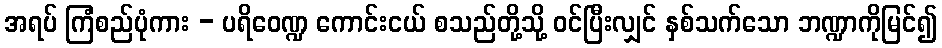
အရပ် ကြံစည်ပုံကား - ပရိဝေဏ္ဍ ကောင်းငယ် စသည်တို့သို့ ဝင်ပြီးလျှင် နှစ်သက်သော ဘဏ္ဍာကိုမြင်၍